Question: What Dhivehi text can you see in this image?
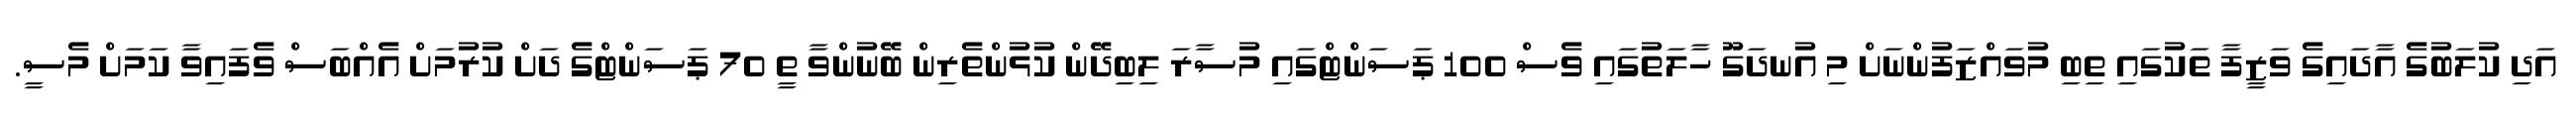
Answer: އަދި ކުލަބުގެ އާދައިގެ ވަޒީފާ ތަކުގައި ތިބި މުވައްޒަފުންނަށް މި އުނދަގޫ ހާލަތުގައި ވެސް 100 ޕަސަންޓްގައި މުސާރަ ލިބިދޭން ކުޅުންތެރިން ބޭނުންވާ ތީ 70 ޕަސަންޓްގެ ދަށް ކުރުމަށް އެއްބަސް ވެފައިވާ ކަމަށް މެސީ.